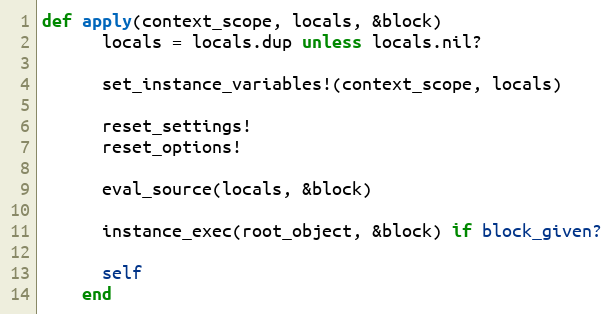
Language: Ruby
def apply(context_scope, locals, &block)
      locals = locals.dup unless locals.nil?

      set_instance_variables!(context_scope, locals)

      reset_settings!
      reset_options!

      eval_source(locals, &block)

      instance_exec(root_object, &block) if block_given?

      self
    end